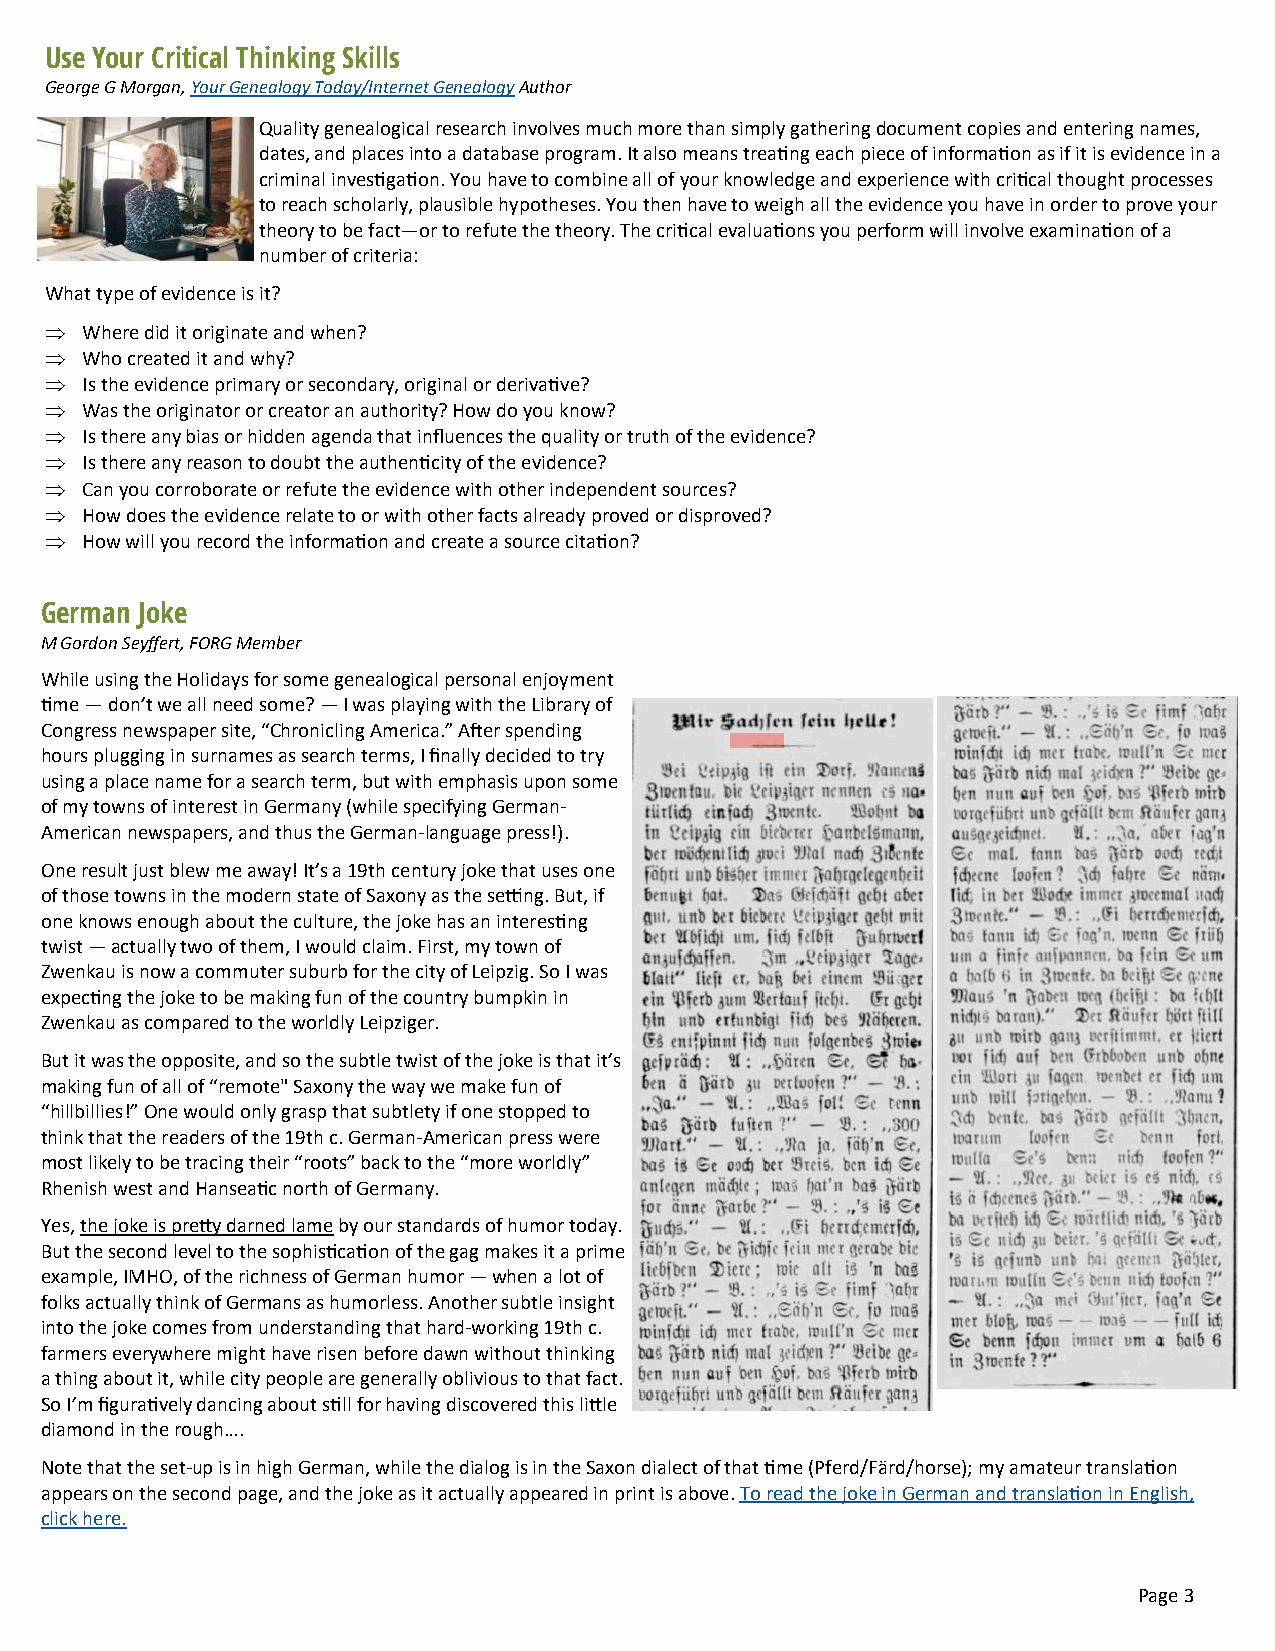
Use Your Critical Thinking Skills
 George G Morgan, Your Genealogy Today/Internet Genealogy Author
 Quality genealogical research involves much more than simply gathering document copies and entering names,
 dates, and places into a database program. It also means treating each piece of information as if it is evidence in a
 criminal investigation. You have to combine all of your knowledge and experience with critical thought processes
 to reach scholarly, plausible hypotheses. You then have to weigh all the evidence you have in order to prove your
 theory to be fact—or to refute the theory. The critical evaluations you perform will involve examination of a
 number of criteria:
 What type of evidence is it?
  Where did it originate and when?
  Who created it and why?
  Is the evidence primary or secondary, original or derivative?
  Was the originator or creator an authority? How do you know?
  Is there any bias or hidden agenda that influences the quality or truth of the evidence?
  Is there any reason to doubt the authenticity of the evidence?
  Can you corroborate or refute the evidence with other independent sources?
  How does the evidence relate to or with other facts already proved or disproved?
  How will you record the information and create a source citation?
 German Joke
 M Gordon Seyffert, FORG Member
 While using the Holidays for some genealogical personal enjoyment
 time — don’t we all need some? — I was playing with the Library of
 Congress newspaper site, “Chronicling America.” After spending
 hours plugging in surnames as search terms, I finally decided to try
 using a place name for a search term, but with emphasis upon some
 of my towns of interest in Germany (while specifying German-
 American newspapers, and thus the German-language press!).
 One result just blew me away! It’s a 19th century joke that uses one
 of those towns in the modern state of Saxony as the setting. But, if
 one knows enough about the culture, the joke has an interesting
 twist — actually two of them, I would claim. First, my town of
 Zwenkau is now a commuter suburb for the city of Leipzig. So I was
 expecting the joke to be making fun of the country bumpkin in
 Zwenkau as compared to the worldly Leipziger.
 But it was the opposite, and so the subtle twist of the joke is that it’s
 making fun of all of “remote" Saxony the way we make fun of
 “hillbillies!” One would only grasp that subtlety if one stopped to
 think that the readers of the 19th c. German-American press were
 most likely to be tracing their “roots” back to the “more worldly”
 Rhenish west and Hanseatic north of Germany.
 Yes, the joke is pretty darned lame by our standards of humor today.
 But the second level to the sophistication of the gag makes it a prime
 example, IMHO, of the richness of German humor — when a lot of
 folks actually think of Germans as humorless. Another subtle insight
 into the joke comes from understanding that hard-working 19th c.
 farmers everywhere might have risen before dawn without thinking
 a thing about it, while city people are generally oblivious to that fact.
 So I’m figuratively dancing about still for having discovered this little
 diamond in the rough….
 Note that the set-up is in high German, while the dialog is in the Saxon dialect of that time (Pferd/Färd/horse); my amateur translation
 appears on the second page, and the joke as it actually appeared in print is above. To read the joke in German and translation in English,
 click here.
 Page 3